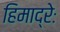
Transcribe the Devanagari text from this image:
हिमाद्रेः